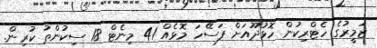
ޒަމީރުގެ ހެޓްރިކުން ހޮޅުދޫއަށް ފަސޭހަ މޮޅެއް 41 މިނެޓް 18 ސިކުންތު ކުރިން.